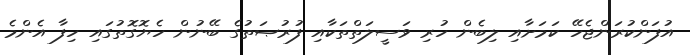
އުފަންކުރަންޖެހޭ ކަމަށާއި ލިބެން ހުރި ވަސީލަތްތަކާއި ފުރުޞަތުގެ ބޭނުން ހެޔޮގޮތުގައި ހިފާ އެންމެ